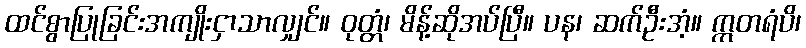
ထင်စွာပြုခြင်းအကျိုးငှာသာလျှင်။ ဝုတ္တံ၊ မိန့်ဆိုအပ်ပြီ။ ပန၊ ဆက်ဦးအံ့။ ဣတရံပိ၊